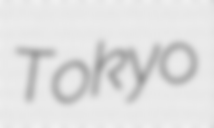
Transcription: Tokyo